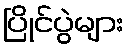
ပြိုင်ပွဲများ